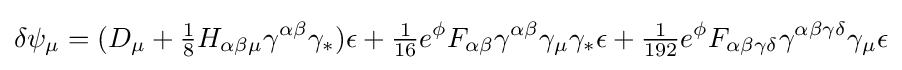
\delta \psi _{\mu }=(D_{\mu }+{\tfrac {1}{8}}H_{\alpha \beta \mu }\gamma ^{\alpha \beta }\gamma _{*})\epsilon +{\tfrac {1}{16}}e^{\phi }F_{\alpha \beta }\gamma ^{\alpha \beta }\gamma _{\mu }\gamma _{*}\epsilon +{\tfrac {1}{192}}e^{\phi }F_{\alpha \beta \gamma \delta }\gamma ^{\alpha \beta \gamma \delta }\gamma _{\mu }\epsilon